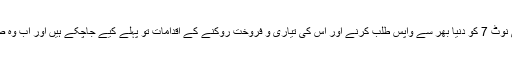
سام سنگ کی جانب سے خطرناک قرار دیئے جانے والے گلیکسی نوٹ 7 کو دنیا بھر سے واپس طلب کرنے اور اس کی تیاری و فروخت روکنے کے اقدامات تو پہلے کیے جاچکے ہیں اور اب وہ صارفین سے بھی اس کی واپسی کے لیے پرکشش اقدام کررہی ہے۔